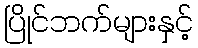
ပြိုင်ဘက်များနှင့်